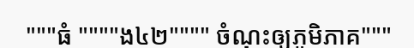
"""ធំ """"ង៤២"""" ចំណុះឲ្យភូមិភាគ"""